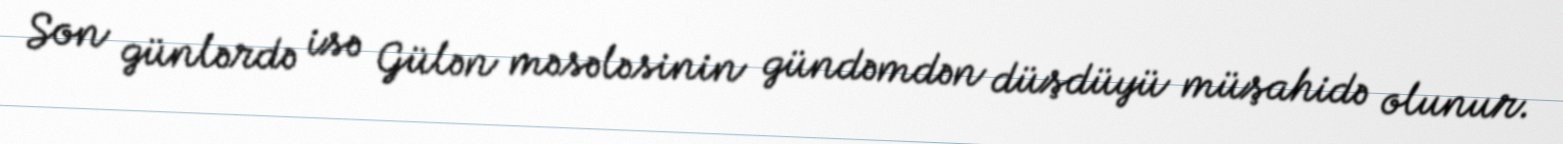
Son günlərdə isə Gülən məsələsinin gündəmdən düşdüyü müşahidə olunur.